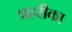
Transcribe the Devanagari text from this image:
प्रहरीका